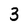
Character: 3